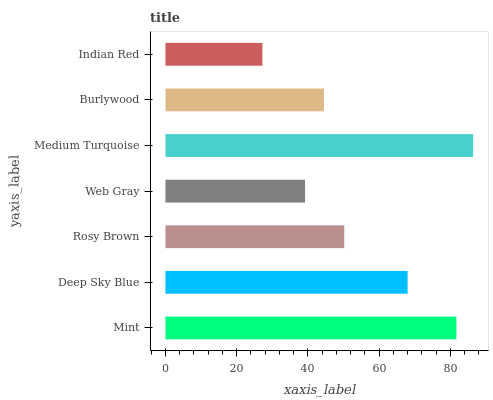
| yaxis_label | bars |
 | --- | --- |
 | Mint | 81.7 |
 | Deep Sky Blue | 68 |
 | Rosy Brown | 50.2 |
 | Web Gray | 39.2 |
 | Medium Turquoise | 86.4 |
 | Burlywood | 44.5 |
 | Indian Red | 27.2 |